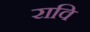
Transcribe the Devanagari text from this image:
रावि